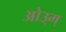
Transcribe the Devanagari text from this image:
ओउ्म्